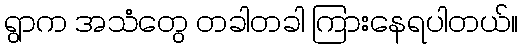
ရွာက အသံတွေ တခါတခါ ကြားနေရပါတယ်။